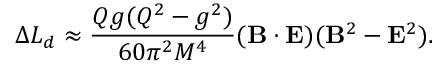
\Delta L _ { d } \approx \frac { Q g ( Q ^ { 2 } - g ^ { 2 } ) } { 6 0 \pi ^ { 2 } M ^ { 4 } } ( { \bf B } \cdot { \bf E } ) ( { \bf B } ^ { 2 } - { \bf E } ^ { 2 } ) .